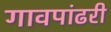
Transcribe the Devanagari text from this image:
गावपांढरी